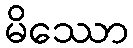
မိဿော